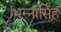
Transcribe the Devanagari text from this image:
भन्नासिंह